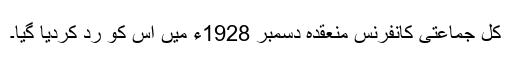
کل جماعتی کانفرنس منعقدہ دسمبر 1928ء میں اس کو رد کردیا گیا۔